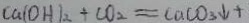
C a ( O H ) _ { 2 } + C O _ { 2 } = C a C O _ { 3 } \downarrow +